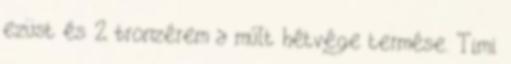
ezüst és 2 bronzérem a múlt hétvége termése. Timi